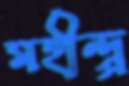
মহীন্দ্র্র